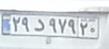
۲۹د۹۷۹۲۰